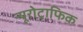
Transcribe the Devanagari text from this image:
न्यूरोट्राफिक